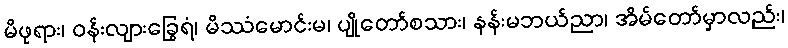
မိဖုရား၊ ဝန်းလျားခြွေရံ၊ မိဿံမောင်းမ၊ ပျိုတော်စသား၊ နန်းမဘယ်ညာ၊ အိမ်တော်မှာလည်း၊